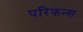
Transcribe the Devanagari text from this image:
परिकन्स